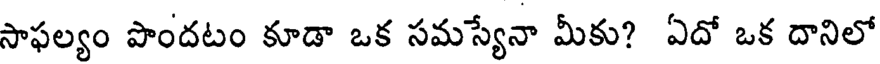
సాఫల్యం పొందటం కూడా ఒక సమస్యేనా మీకు? ఏదో ఒక దానిలో